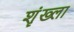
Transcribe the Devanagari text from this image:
शॄंख्ला